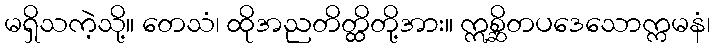
မရှိသကဲ့သို့။ တေသံ၊ ထိုအညတိတ္ထိတို့အား။ ဣစ္ဆိတပဒေသောက္ကမနံ၊